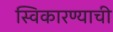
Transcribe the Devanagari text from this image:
स्विकारण्याची